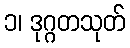
၁၊ ဒုဂ္ဂတသုတ်